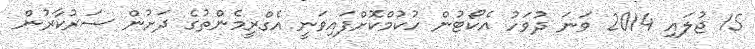
15 ޖުލައި 2014 ވަނަ ދުވަހު އެކޯޓުން ހުކުމްކޮށްފައިވަނީ އެގްރީމެންތުގެ ދަށުން ސަރުކާރުން